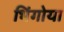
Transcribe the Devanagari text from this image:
भिंगोया